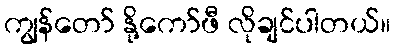
ကျွန်တော် နို့ကော်ဖီ လိုချင်ပါတယ်။